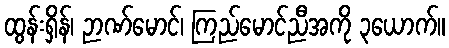
ထွန်းရှိန်၊ ဉာဏ်မောင်၊ ကြည်မောင်ညီအကို ၃ယောက်။